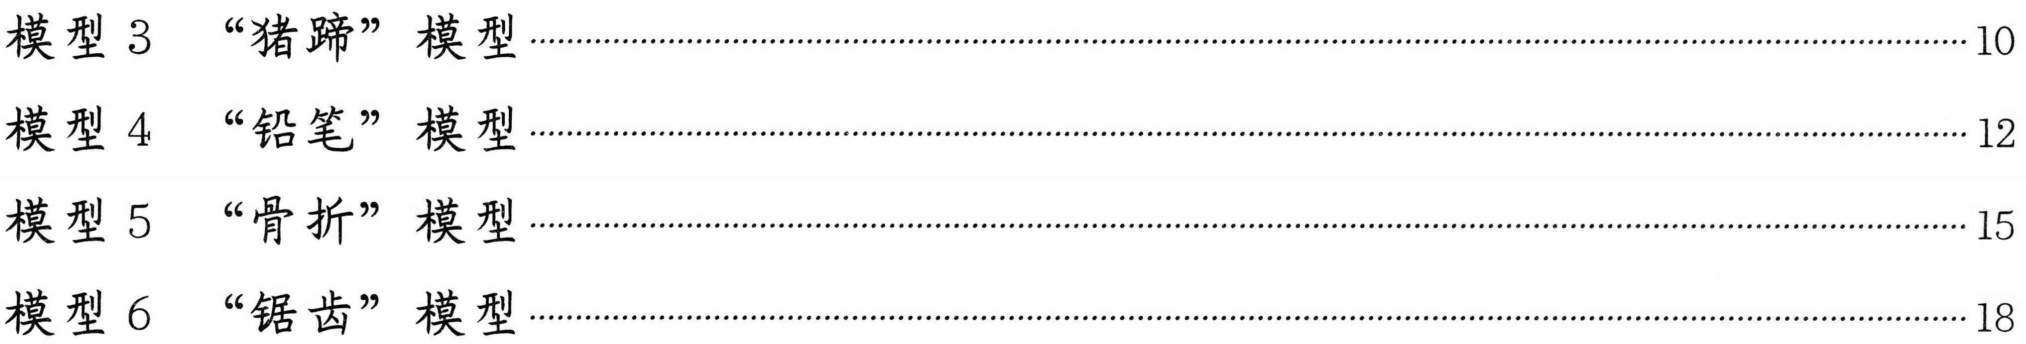
模型 3  “猪蹄” 模型 \dotfill10
模型 4  “铅笔” 模型 \dotfill12
模型 5  “骨折” 模型 \dotfill15
模型 6  “锯齿” 模型 \dotfill18